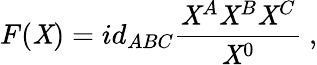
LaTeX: F(\mathit{X})=id_{ABC}{\frac{{\mathit{X}^{A}\mathit{X}^{B}\mathit{X}^{C}}}{{\mathit{X}^{0}}}}\ ,